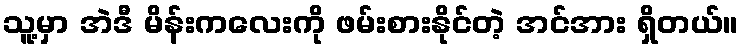
သူ့မှာ အဲဒီ မိန်းကလေးကို ဖမ်းစားနိုင်တဲ့ အင်အား ရှိတယ်။